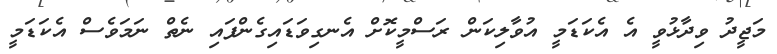
މަޖީދު ވިދާޅުވީ އެ އެކަޑަމީ އުވާލިކަން ރަސްމީކޮށް އެނގިވަޑައިގެންފައި ނެތް ނަމަވެސް އެކަޑަމީ